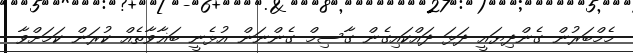
މެމްބަރުން ގެންދިޔައީ ދަޅަ ދައްކައިގެން ގާސިމް ގެންނަން އުޅެނީ ބަޣާވާތެއް ކުރަން ކަމަށްވާ